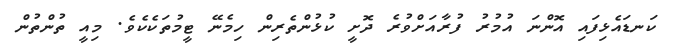
ކަނޑައެޅިފައި އޮންނަ އުމުރު ފުރާއަށްވުރެ ދޮށީ ކުޅުންތެރިން ހިމެނޭ ޓީމުތަކެކެވެ. މިއީ ތުންތުން